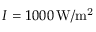
I = 1 0 0 0 \, \mathrm { W / m ^ { 2 } }